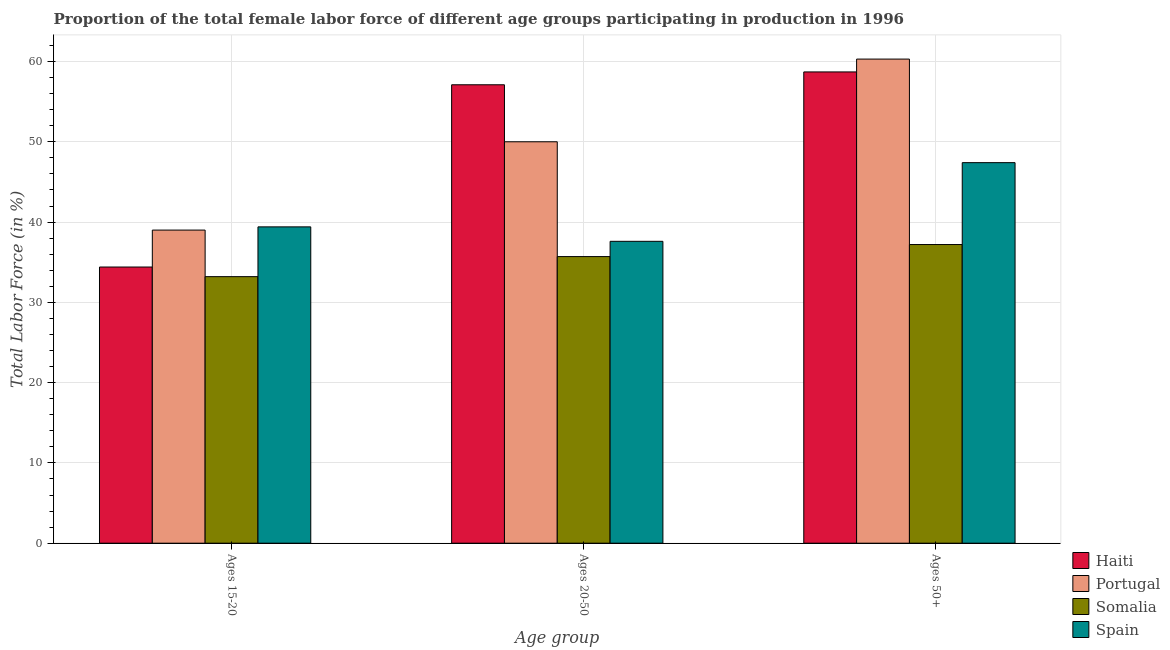
| Age group | Haiti | Portugal | Somalia | Spain |
 | --- | --- | --- | --- | --- |
 | Ages 15-20 | 34.4 | 39 | 33.2 | 39.4 |
 | Ages 20-50 | 57.1 | 50 | 35.7 | 37.6 |
 | Ages 50+ | 58.7 | 60.3 | 37.2 | 47.4 |